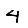
Digit: 4